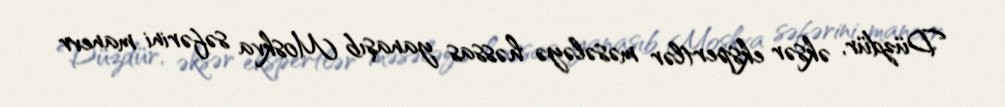
Düzdür, əksər ekspertlər məsələyə həssas yanaşıb Moskva səfərini manevr